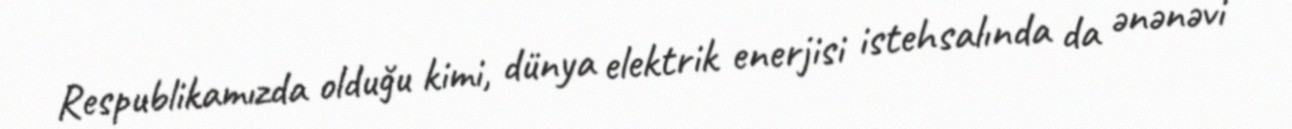
Respublikamızda olduğu kimi, dünya elektrik enerjisi istehsalında da ənənəvi